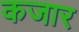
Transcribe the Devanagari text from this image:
कजार